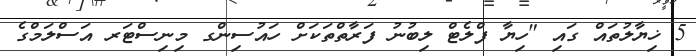
5 ޚިޔާލުތައް ގައި "ހިޔާ ފްލެޓް ލިބުނު ފަރާތްތަކަށް ހައުސިންގ މިނިސްޓަރ އަސްލަމްގެ